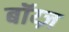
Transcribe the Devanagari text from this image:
बॉय्ज़